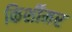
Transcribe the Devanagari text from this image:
किर्शीमर